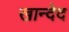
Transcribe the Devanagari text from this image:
खान्देद